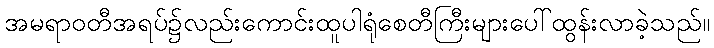
အမရာဝတီအရပ်၌လည်းကောင်းထူပါရုံစေတီကြီးများပေါ်ထွန်းလာခဲ့သည်။